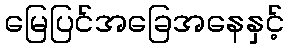
မြေပြင်အခြေအနေနှင့်